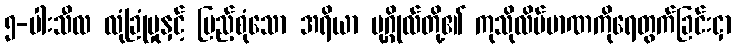
၅-ပါးသီလ လုံခြုံမှုနှင့် ပြည့်စုံသော အရိယာ ပုဂ္ဂိုလ်တို့၏ ကုသိုလိပ်မာဏကိုရေတွက်ခြင်းငှာ